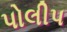
પોલીપ